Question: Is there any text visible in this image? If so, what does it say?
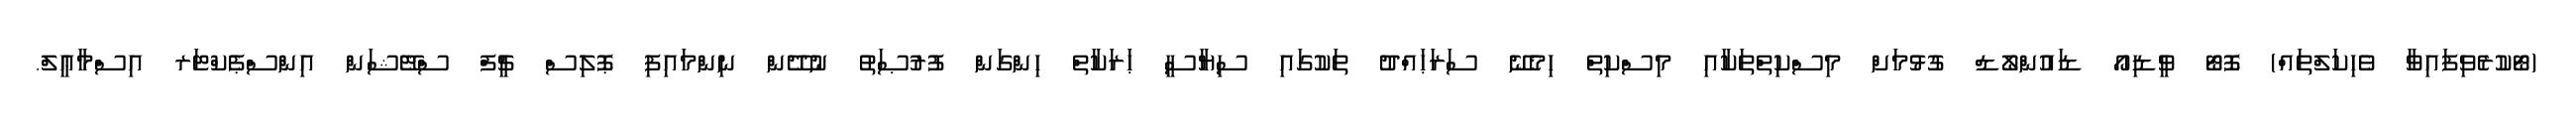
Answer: (ޓޯކުރެވިފައިވާ ވެހިކަލްތައް) ފޮޓޯ ވީޑިއޯ ޑައުންލޯޑް ގުޅުމަށް މިސްކިތްތަކާއި މިސްކިތް ހިމެނޭ ސަރަޙައްދު ތަކުގައި ސިޔާސީ ޙަރަކާތް ހިންގަން ފުރުޞަތު ނުދޭން ނިންމައިފި ޕޮލިސް ޗީފް ސްޓޭޝަން އިންސްޕެކްޓަރ އިސްމާޢީލް.